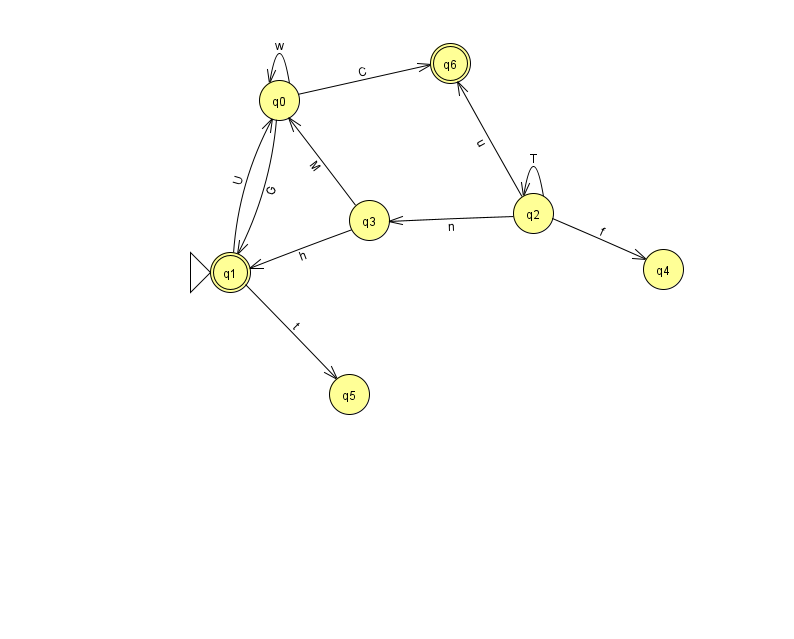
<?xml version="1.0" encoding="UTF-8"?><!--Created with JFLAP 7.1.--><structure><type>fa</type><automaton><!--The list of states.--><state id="0" name="q0"><x>279.0</x><y>87.0</y></state><state id="1" name="q1"><x>230.0</x><y>259.0</y><initial/><final/></state><state id="2" name="q2"><x>533.0</x><y>200.0</y></state><state id="3" name="q3"><x>369.0</x><y>207.0</y></state><state id="4" name="q4"><x>663.0</x><y>256.0</y></state><state id="5" name="q5"><x>349.0</x><y>381.0</y></state><state id="6" name="q6"><x>450.0</x><y>50.0</y><final/></state><!--The list of transitions.--><transition><from>2</from><to>3</to><read>n</read></transition><transition><from>0</from><to>6</to><read>C</read></transition><transition><from>0</from><to>1</to><read>G</read></transition><transition><from>2</from><to>2</to><read>T</read></transition><transition><from>1</from><to>0</to><read>U</read></transition><transition><from>0</from><to>0</to><read>w</read></transition><transition><from>1</from><to>5</to><read>t</read></transition><transition><from>3</from><to>1</to><read>h</read></transition><transition><from>2</from><to>6</to><read>u</read></transition><transition><from>2</from><to>4</to><read>f</read></transition><transition><from>3</from><to>0</to><read>M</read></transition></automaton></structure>